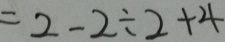
= 2 - 2 \div 2 + 4